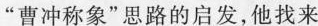
”曹冲称象”思路的启发，他找来